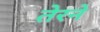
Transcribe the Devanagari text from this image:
तेरने